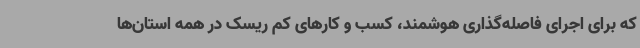
که برای اجرای فاصله‌گذاری هوشمند، کسب و کارهای کم ریسک در همه استان‌ها